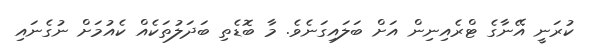
ކުރަނީ އޭނާގެ ޓްރެއިނިން އަށް ބަލައިގަނެވެ. މާ ބޮޑެތި ބަދަލުތަކެއް ކެއުމަށް ނުގެނައި